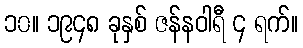
၁၀။ ၁၉၄၈ ခုနှစ် ဇန်နဝါရီ ၄ ရက်။